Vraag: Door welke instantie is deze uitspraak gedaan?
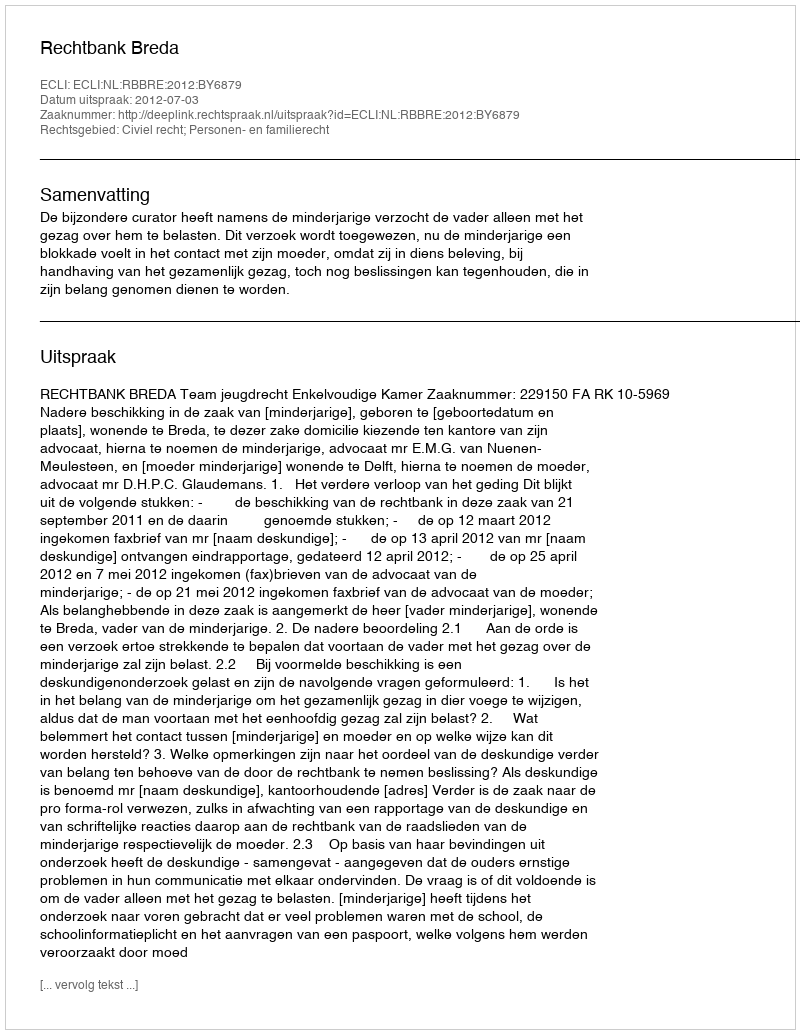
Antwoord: Rechtbank Breda